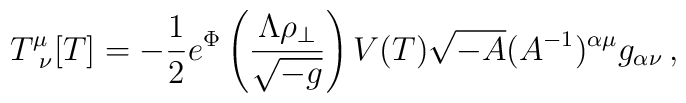
T^{\mu}_{\ \nu}[T] = - {\frac{1}{2}}e^{\Phi}\left({\frac{\Lambda\rho_{\perp}}{\sqrt{-g}}}\right) V(T)\sqrt{-A}(A^{-1})^{\alpha\mu}g_{\alpha\nu} \, ,